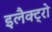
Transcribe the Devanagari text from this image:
इलैक्ट्रो